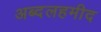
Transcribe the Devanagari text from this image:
अब्दलहमीद